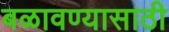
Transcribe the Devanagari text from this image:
बळावण्यासाठी